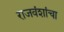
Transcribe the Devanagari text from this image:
राजवंशांचा